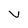
Character: V